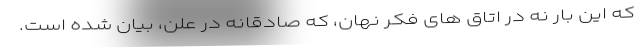
که این بار نه در اتاق های فکر نهان، که صادقانه در علن، بیان شده است.